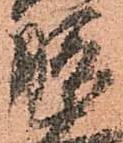
膳